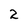
Character: 2